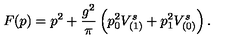
F ( p ) = p ^ { 2 } + \frac { g ^ { 2 } } { \pi } \left( p _ { 0 } ^ { 2 } V _ { ( 1 ) } ^ { s } + p _ { 1 } ^ { 2 } V _ { ( 0 ) } ^ { s } \right) .